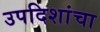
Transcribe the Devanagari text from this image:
उपदिशांचा